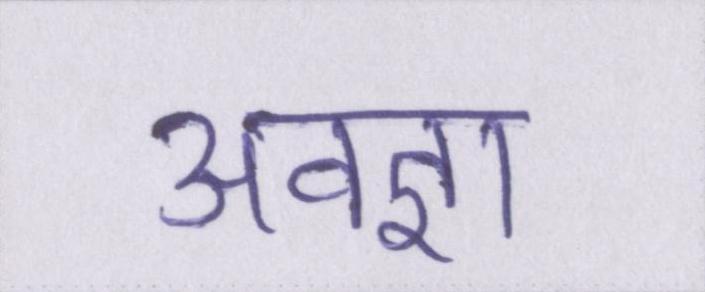
अवज्ञा